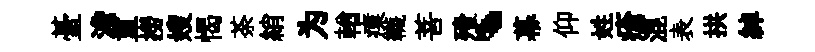
䑓澹重撈嫂愒荼綃为輶瘼韈菩殪、幕仰姓瘡混表拱綽